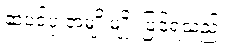
ဆံပင်ပုံ အမျိုးမျိုး ပြင်ရသည်။